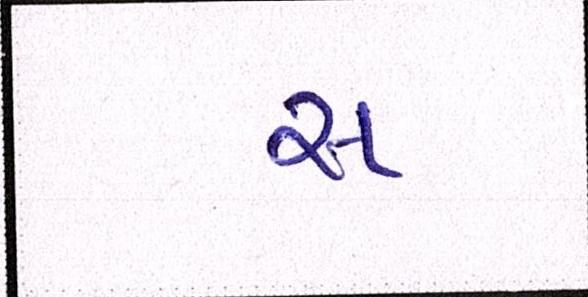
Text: સ